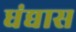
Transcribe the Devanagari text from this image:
धंद्यास